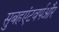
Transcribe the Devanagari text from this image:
सुबहएंटवर्पऔर